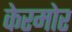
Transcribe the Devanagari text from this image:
केरमोर